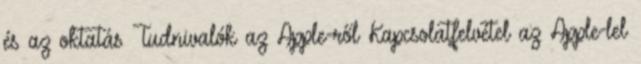
és az oktatás Tudnivalók az Apple-ről Kapcsolatfelvétel az Apple-lel